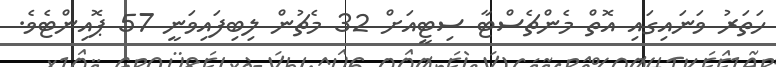
ހަތަރު ވަނައިގައި އޮތް މެންޗެސްޓާ ސިޓީއަށް 32 މެޗުން ލިބިފައިވަނީ 57 ޕޮއިންޓެވެ.